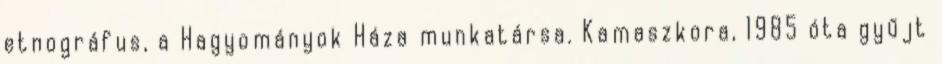
etnográfus, a Hagyományok Háza munkatársa. Kamaszkora, 1985 óta gyűjt